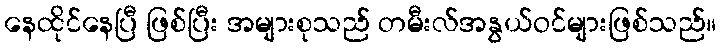
နေထိုင်နေပြီ ဖြစ်ပြီး အများစုသည် တမီးလ်အနွယ်ဝင်များဖြစ်သည်။